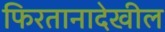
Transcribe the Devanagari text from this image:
फिरतानादेखील